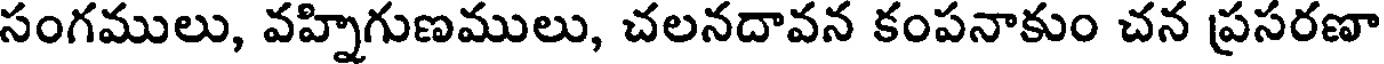
సంగములు, వహ్నిగుణములు, చలనదావన కంపనాకుం చన ప్రసరణా